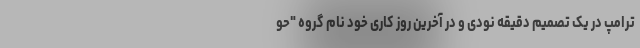
ترامپ در یک تصمیم دقیقه نودی و در آخرین روز کاری خود نام گروه "حو